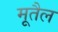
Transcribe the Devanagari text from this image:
मूतैल